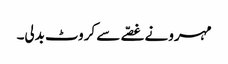
مہرو نے غصّے سے کروٹ بدلی۔